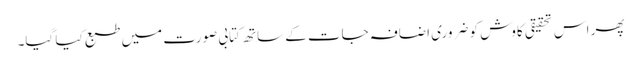
پھر اس تحقیقی کاوش کو ضروری اضافہ جات کے ساتھ کتابی صورت میں طبع کیا گیا۔